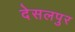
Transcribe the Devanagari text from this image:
देसलपुर